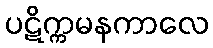
ပဋိက္ကမနကာလေ